Annual report of the Punjab Veterinary College and of the Civil Veterinary Department, Punjab - 1926-1932
Year: 1926
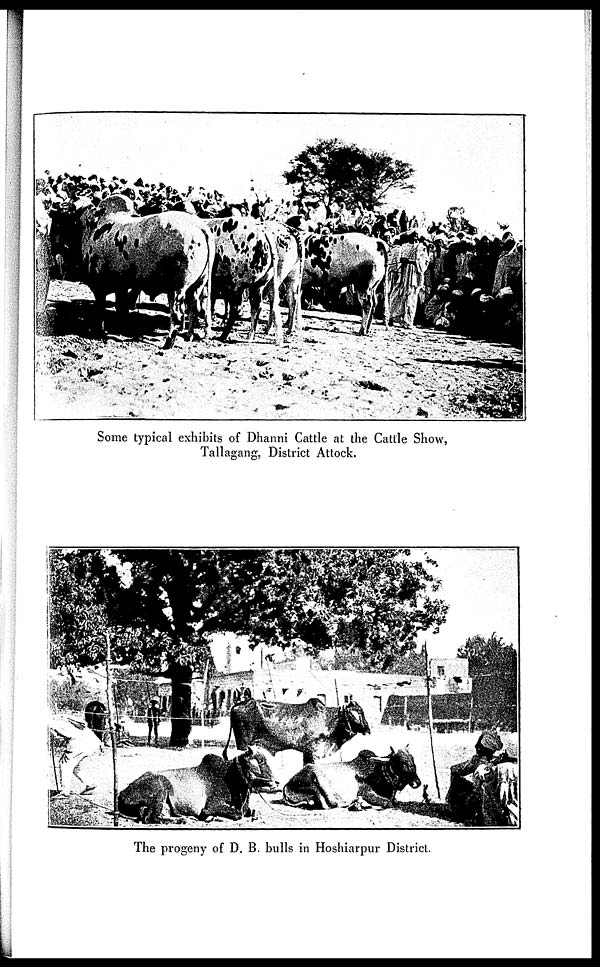
Some typical exhibits of Dhanni Cattle at the Cattle Show,
Tallagang, District Attock.
The progeny of D. B. bulls in Hoshiarpur District.